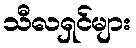
သီလရှင်များ